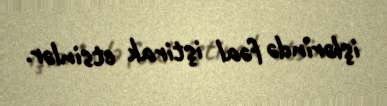
işlərində fəal iştirak etsinlər.